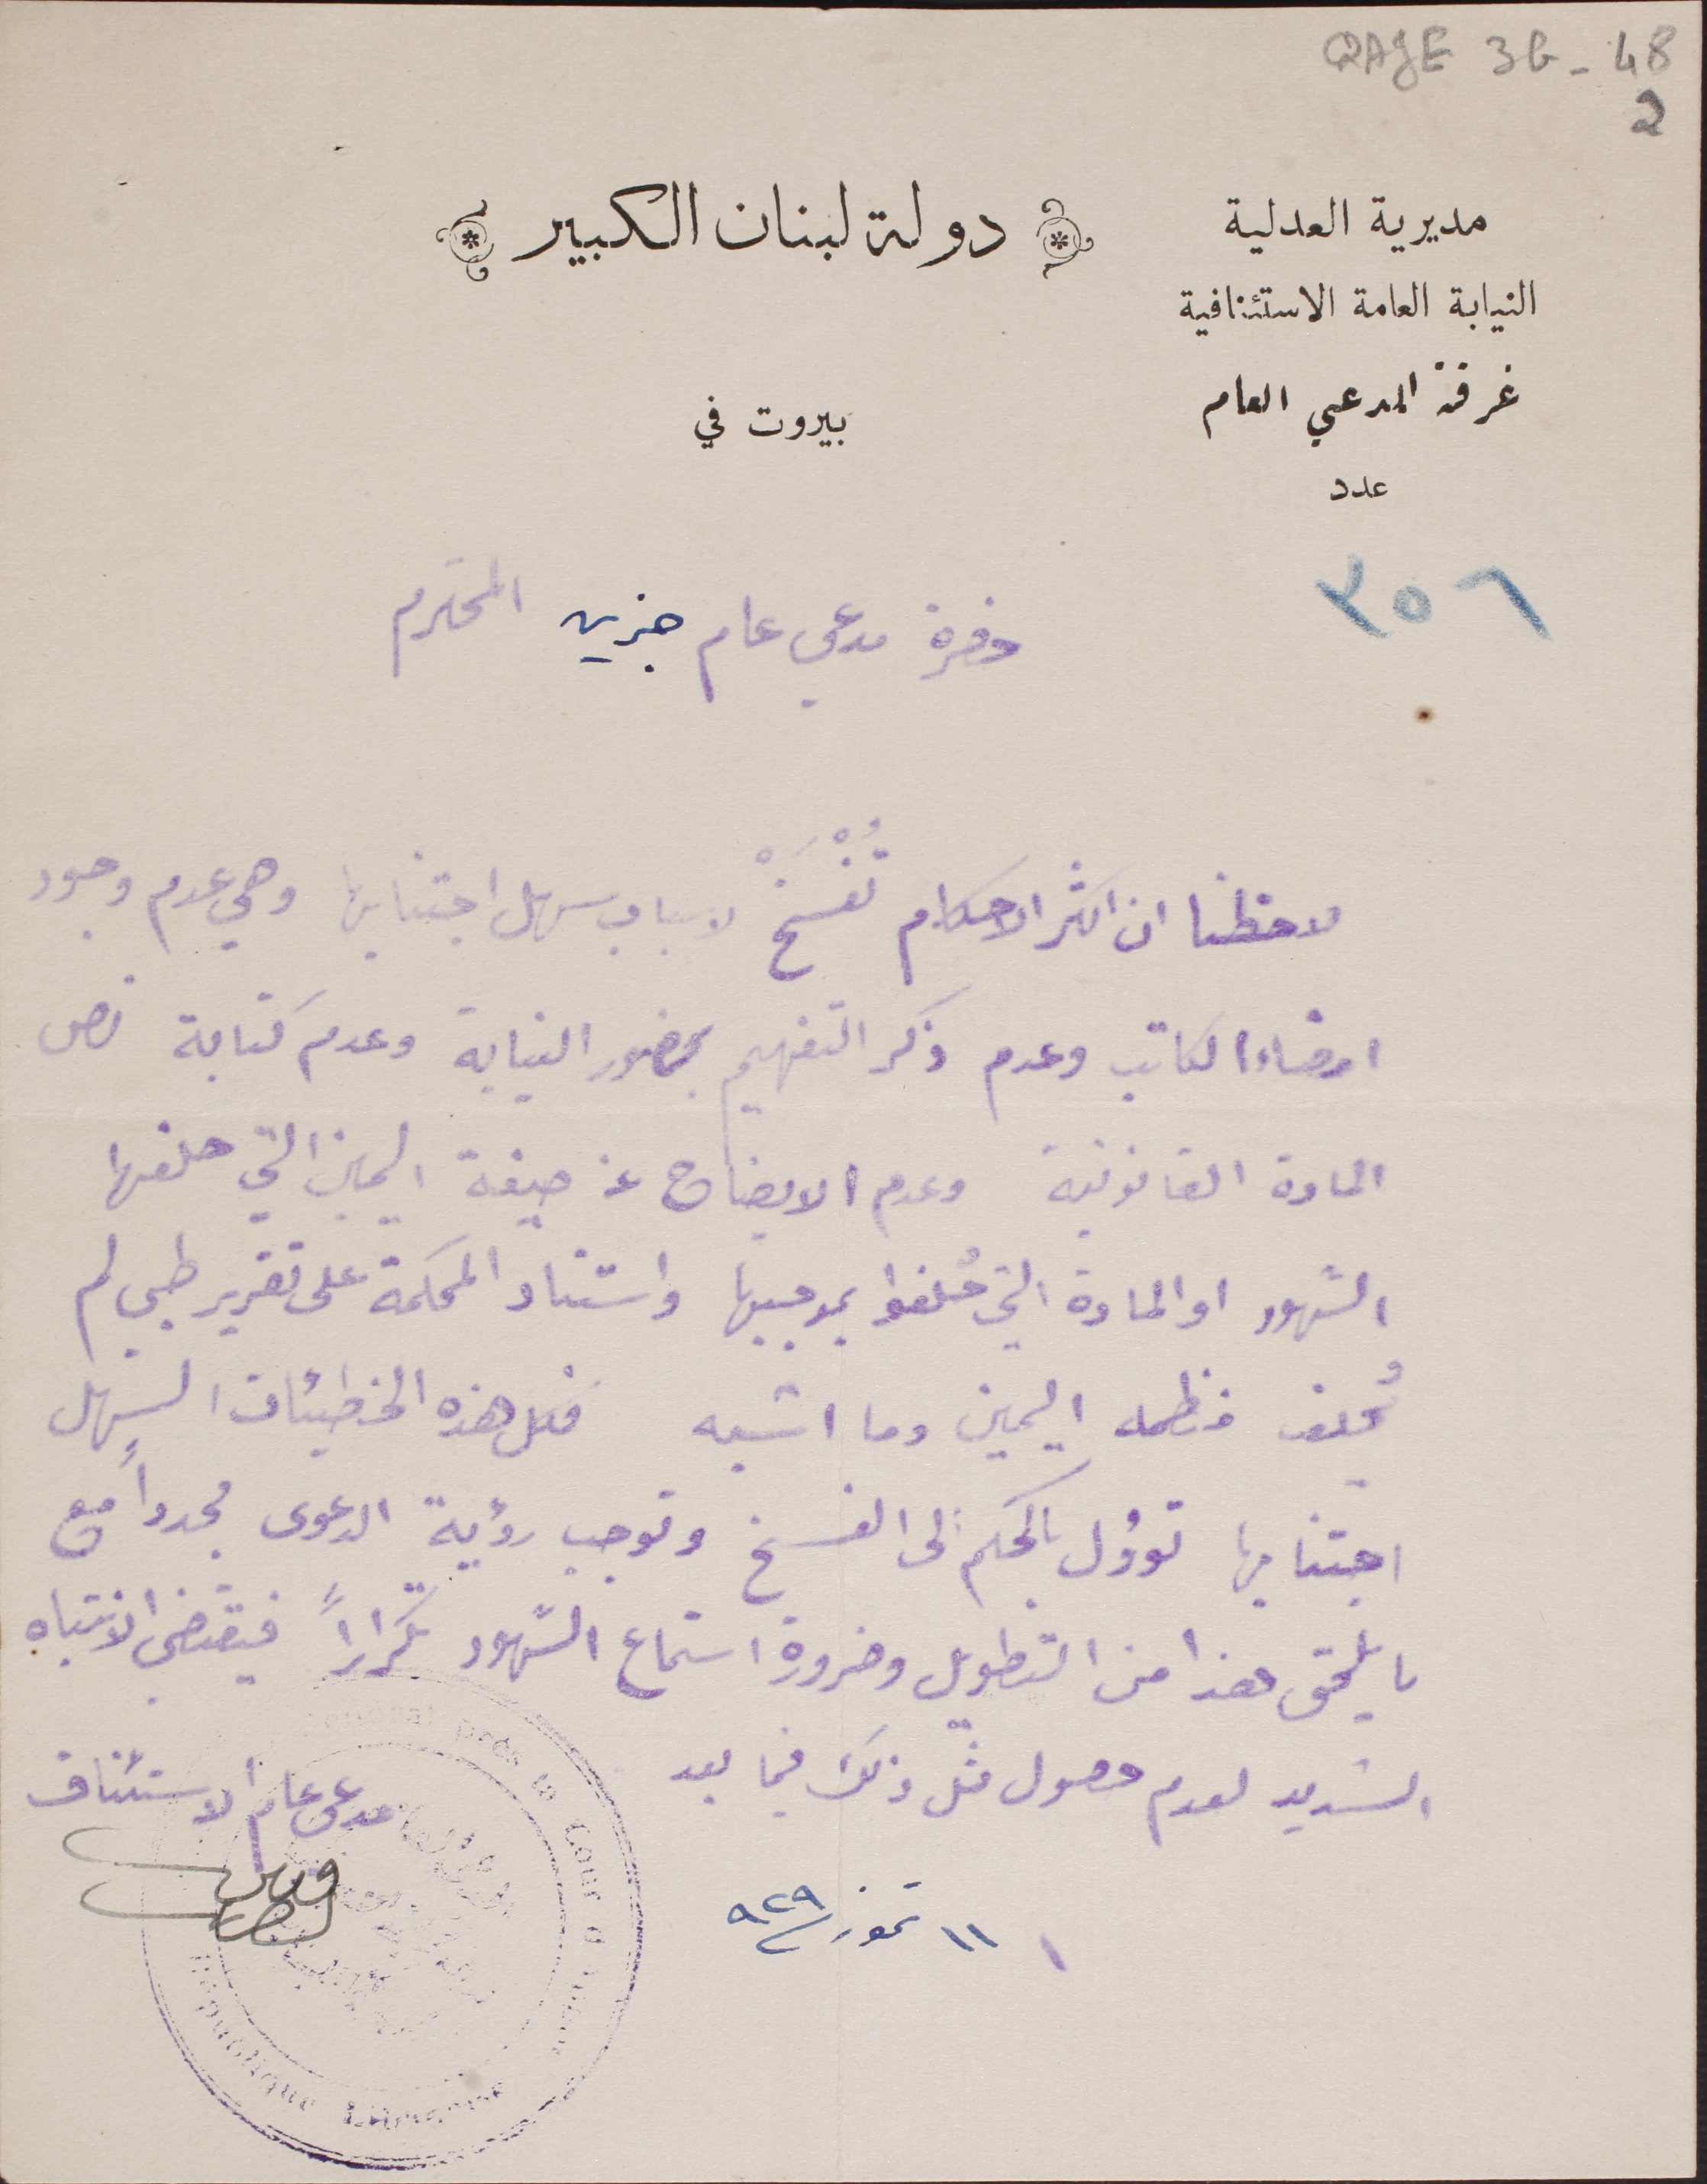
QAJE3G_48 2
٣٥٦
حضرة مدعي عام جزين المحترم
دولة لبنان الكبير
مديرية العدلية النيابة العامة الاستئنافية غرفة المدعي العام عدد
بيروت في
لاحظنا ان اكثر الاحكام تُفْسَخْ لاسباب سهل اجتنابها وهي عدم وجود
امضاء الكاتب وعدم ذكر التفهيم بحضور النيابة وعدم كتابة نص
المادة القانونية وعدم الايضاح عن صيغة اليمين التي حلفها
الشهود او المادة التي حُلفوا بموجبها واستناد المحكمة على تقرير طبي لم
يُحلف منظمه اليمين وما اشبه فكل هذه الخطيئات السهل
اجتنابها تؤول بالحكم الى الفسخ وتوجب رؤية الدعوى مجدداً مع
ما يلحق هذا من التطويل وضرورة استماع الشهور تكراراً فيقتضى الانتباه
الشديد لعدم حصول مثل ذلك فيما بعد
١١ تموز ٩٢٩
مدعى عام الاستئناف